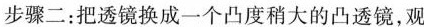
步骤二：把透镜换成一个凸度稍大的凸透镜，观